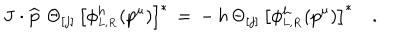
{ \bf J } \cdot \widehat { \bf p } \, \, \Theta _ { [ j ] } \, \left[ \phi _ { _ { L , R } } ^ { h } ( { p } ^ { \mu } ) \right] ^ { \ast } \, = \, - \, h \, \Theta _ { [ j ] } \, \left[ \phi _ { _ { L , R } } ^ { h } ( { p } ^ { \mu } ) \right] ^ { \ast } \quad .